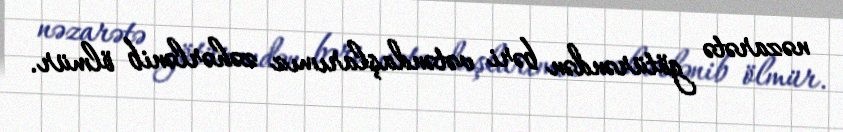
nəzarətə götürəndən bəri vətəndaşlarımız zəhərlənib ölmür.